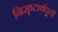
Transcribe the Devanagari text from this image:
निसृष्टार्थदूती